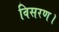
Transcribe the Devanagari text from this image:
विसरण।